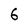
Character: 6